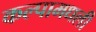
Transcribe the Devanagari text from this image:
कल्पामधली